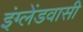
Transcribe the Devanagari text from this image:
इंग्लेंडवासी